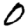
Digit: 0